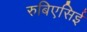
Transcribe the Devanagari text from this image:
रुबिएसिई